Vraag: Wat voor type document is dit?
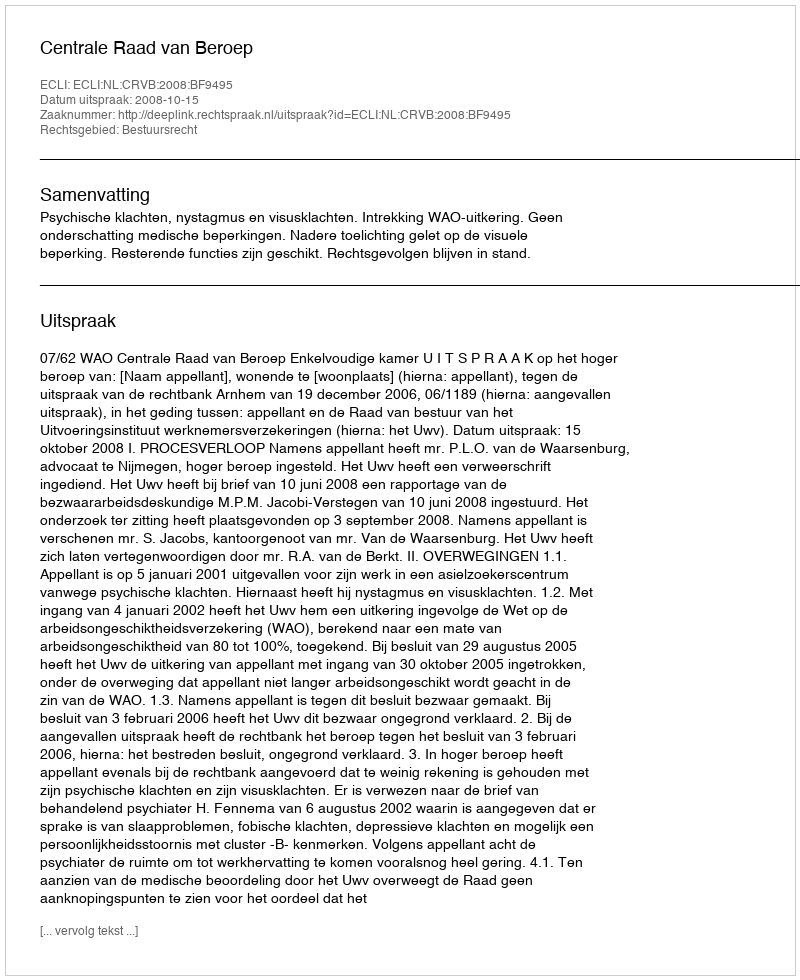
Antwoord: Uitspraak